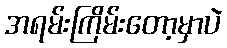
အရမ်းကြိမ်းတော့မှာပဲ